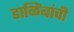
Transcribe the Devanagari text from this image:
डाळिंबांची